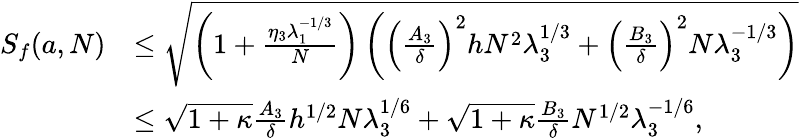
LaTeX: \begin{array}{rl}{S_{f}(a,N)}&{\le\sqrt{\left(1+\frac{\eta_{3}\lambda_{1}^{-1/3}}{N}\right)\left(\left(\frac{A_{3}}{\delta}\right)^{2}hN^{2}\lambda_{3}^{1/3}+\left(\frac{B_{3}}{\delta}\right)^{2}N\lambda_{3}^{-1/3}\right)}}\\ &{\le\sqrt{1+\kappa}\frac{A_{3}}{\delta}h^{1/2}N\lambda_{3}^{1/6}+\sqrt{1+\kappa}\frac{B_{3}}{\delta}N^{1/2}\lambda_{3}^{-1/6},}\end{array}